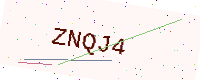
Text: ZNQJ4